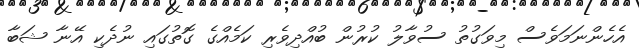
އެހެންނަމަވެސް މިވަގުތު ސުވާލު ކުރުން ބުއްދިވެރި ކަމެއްގެ ގޮތުގައި ނުދެކި އޭނާ ޝަބާ